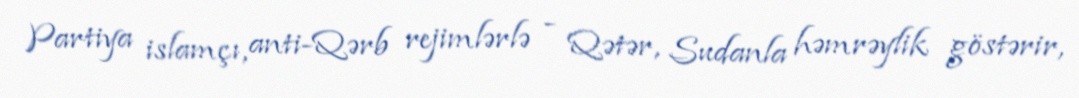
Partiya islamçı, anti-Qərb rejimlərlə - Qətər, Sudanla həmrəylik göstərir,